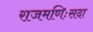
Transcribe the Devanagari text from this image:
राजमणिःसदा